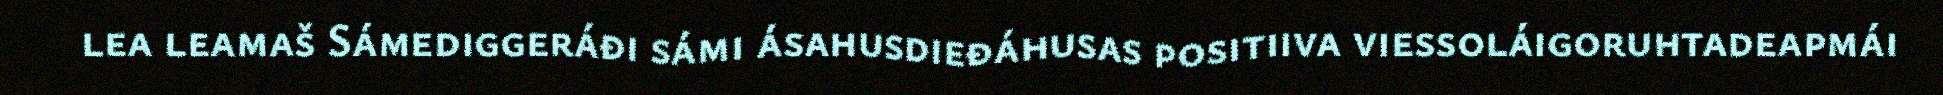
lea leamaš Sámediggeráđi sámi ásahusdieđáhusas positiiva viessoláigoruhtadeapmái